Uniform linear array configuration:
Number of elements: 12
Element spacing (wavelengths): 1
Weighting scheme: kaiser
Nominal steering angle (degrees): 0
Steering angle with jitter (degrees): -0.857
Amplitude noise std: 0.05
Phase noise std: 0.05

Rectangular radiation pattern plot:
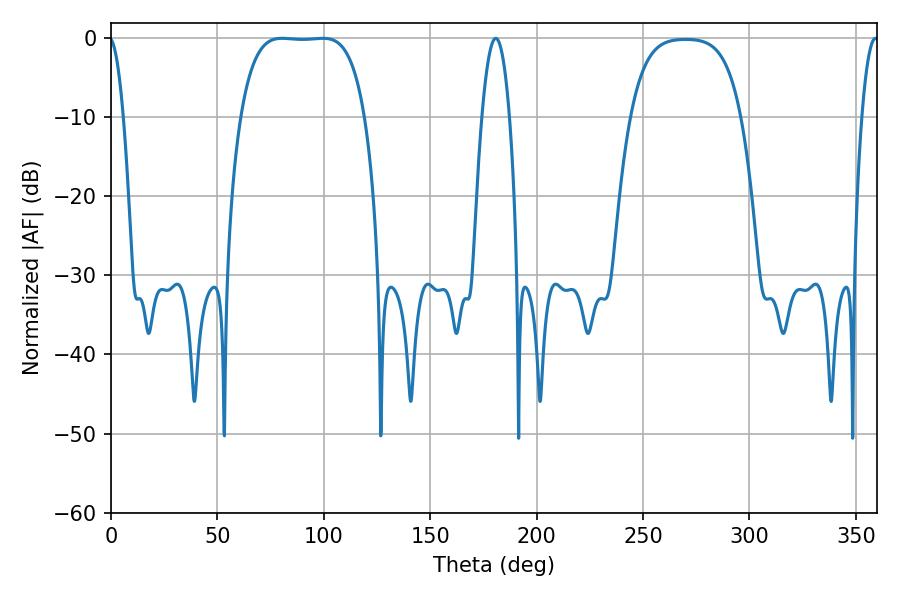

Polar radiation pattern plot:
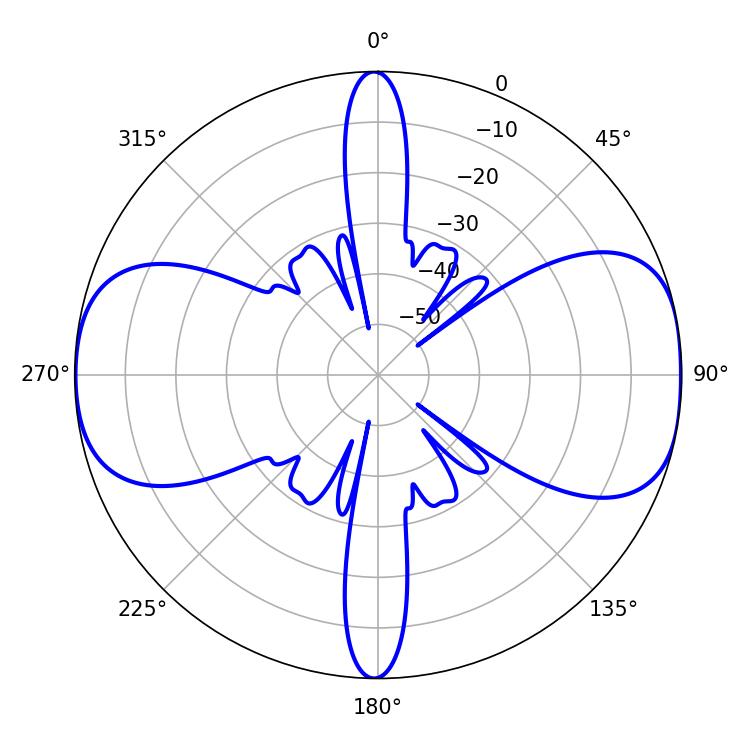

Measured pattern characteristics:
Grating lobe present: TRUE
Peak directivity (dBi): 11.089
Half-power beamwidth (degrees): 45.36
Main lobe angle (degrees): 80.46